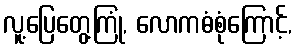
လူ့ပြေတွေ့ကြုံ, လောကဓံစုံကြောင့်,